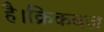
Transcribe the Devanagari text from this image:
है।क्रिकबज़